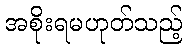
အစိုးရမဟုတ်သည့်